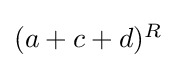
{\textstyle (a+c+d)^{R}}